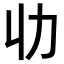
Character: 𠠳